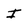
Character: I